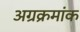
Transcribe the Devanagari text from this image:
अग्रक्रमांक